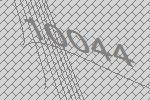
10044